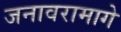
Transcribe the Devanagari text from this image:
जनावरामागे